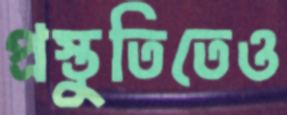
প্রস্তুতিতেও